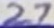
Text: 27